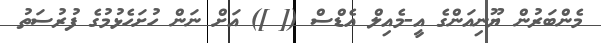
މެންބަރުން ޔޫނިއަންގެ އީ-މެއިލް އެޑްސް ([ ]) އަށް ނަން ހުށަހެޅުމުގެ ފުރުސަތު